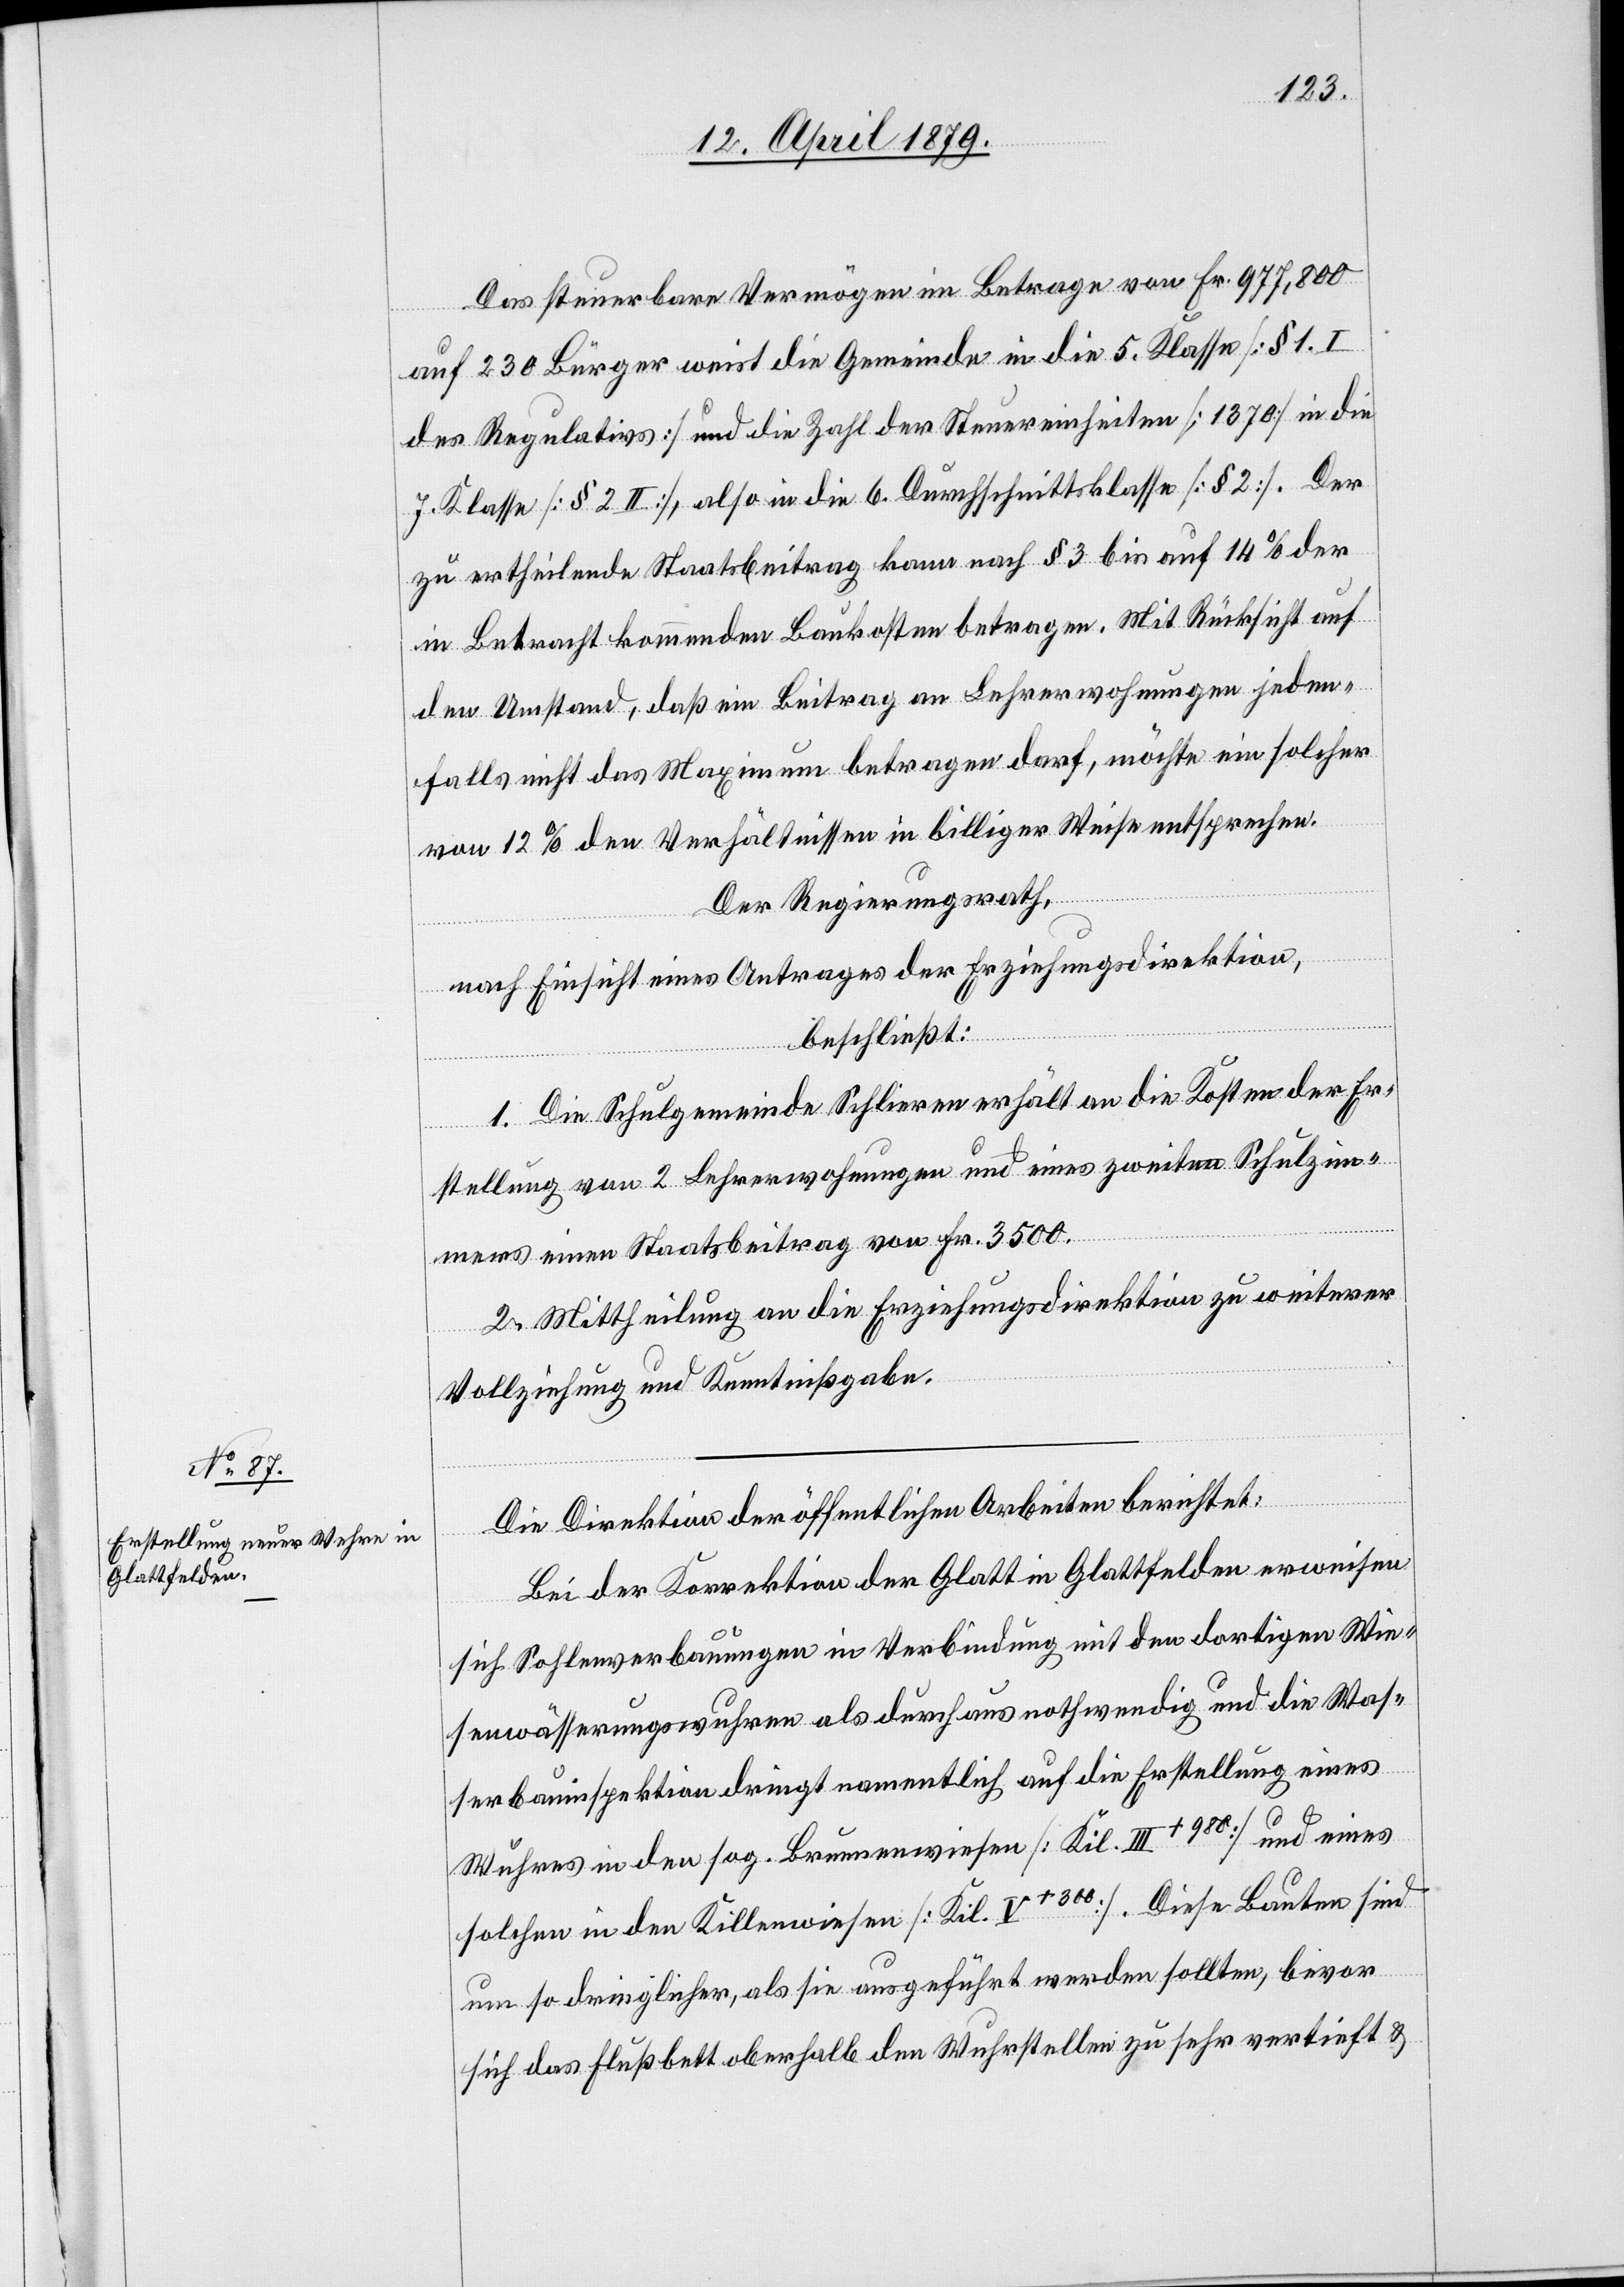
Das steuerbare Vermögen im Betrage von Fr. 977,800
auf 230 Bürger weist die Gemeinde in die 5. Klasse [§ 1. I
des Regulativs] und die Zahl der Steuereinheiten [1370] in die
7. Klasse [§ 2 II], also in die 6. Durchschnittsklasse [§ 2]. Der
zu ertheilende Staatsbeitrag kann nach § 3 bis auf 14% der
in Betracht kommenden Baukosten betragen. Mit Rücksicht auf
den Umstand, daß ein Beitrag an Lehrerwohnungen jeden¬
falls nicht das Maximum betragen darf, möchte ein solcher
von 12% den Verhältnissen in billiger Weise entsprechen.
Der Regierungsrath,
nach Einsicht eines Antrages der Erziehungsdirektion,
beschließt:
1. Die Schulgemeinde Schlieren erhält an die Kosten der Er¬
stellung von 2 Lehrerwohnungen und eines zweiten Schulzim¬
mers einen Staatsbeitrag von Fr. 3500.
2. Mittheilung an die Erziehungsdirektion zu weiterer
Vollziehung und Kenntnißgabe.